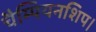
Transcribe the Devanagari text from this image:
चैम्पियनशिप।